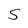
Character: S